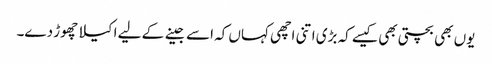
یوں بھی بچتی بھی کیسے کہ بڑی اتنی اچھی کہاں کہ اسے جینے کے لیے اکیلا چھوڑ دے۔